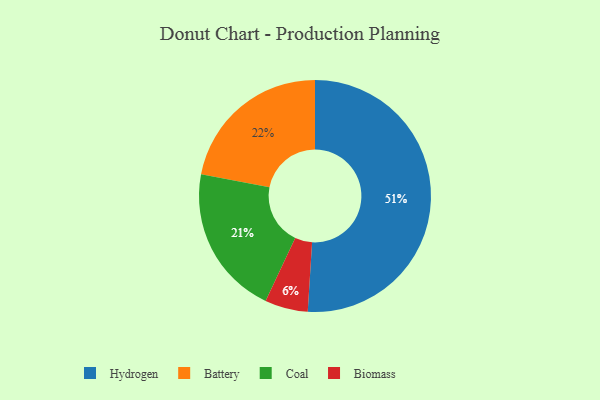
{"axis": {"x": "Category", "y": "Percentage"}, "legend": ["Battery", "Biomass", "Coal", "Hydrogen"], "data": [{"x": "Coal", "y": 21, "type": "Coal"}, {"x": "Biomass", "y": 6, "type": "Biomass"}, {"x": "Battery", "y": 22, "type": "Battery"}, {"x": "Hydrogen", "y": 51, "type": "Hydrogen"}]}